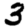
Digit: 3